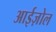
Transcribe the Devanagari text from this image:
आईज़ोल